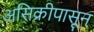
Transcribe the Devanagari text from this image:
असिक्रीपासून